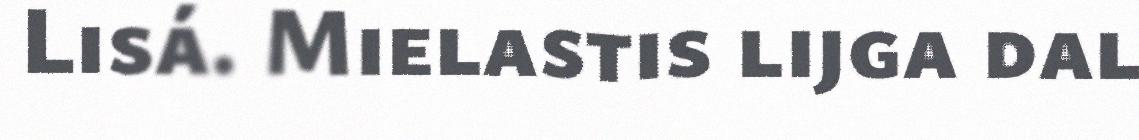
Lisá. Mielastis lijga dal